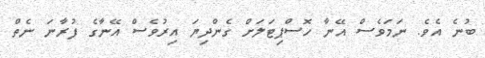
ބުނެ އެވެ. ނަމަވެސް އޭނާ ހޮސްޕިޓަލަށް ގެންދިޔަ އިރުވެސް އޭނާގެ ފުރާނަ ނެތް